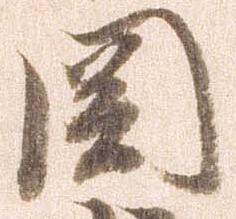
関